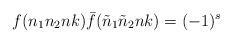
LaTeX: \begin{align*}f(n_1n_2nk){\bar f}({\tilde n}_1{\tilde n}_2nk)=(-1)^s\end{align*}